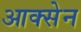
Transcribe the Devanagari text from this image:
आक्सेन